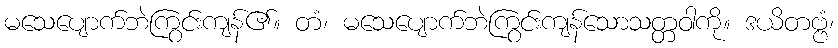
မသေပျောက်ဘဲကြွင်းကျန်၏။ တံ၊ မသေပျောက်ဘဲကြွင်းကျန်သောသတ္တဝါကို။ ဒယိတဗ္ဗံ၊